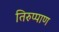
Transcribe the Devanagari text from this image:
तिरुप्पाण